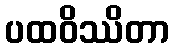
ပထဝိဿိတာ